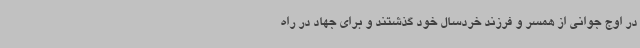
در اوج جوانی از همسر و فرزند خردسال خود گذشتند و برای جهاد در راه